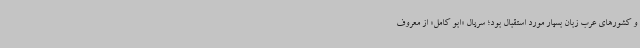
و کشورهای عرب زبان بسیار مورد استقبال بود؛ سریال «ابو کامل» از معروف